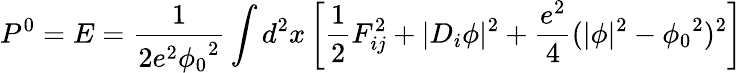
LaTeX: P^{0}=E=\frac{1}{2e^{2}{\phi_{0}}^{2}}\int d^{2}x\left[\frac{1}{2}F_{ij}^{2}+\vert D_{i}\phi\vert^{2}+\frac{e^{2}}{4}(\vert\phi\vert^{2}-{\phi_{0}}^{2})^{2}\right]